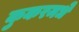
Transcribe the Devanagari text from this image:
कुकरमधे